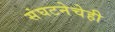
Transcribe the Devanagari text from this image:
संघटनेचेही